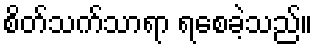
စိတ်သက်သာရာ ရစေခဲ့သည်။